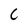
Character: 6